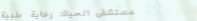
مستشفى الحياة: رعاية طبية